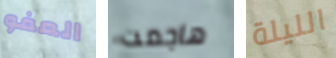
العفو هاجمت الليلة